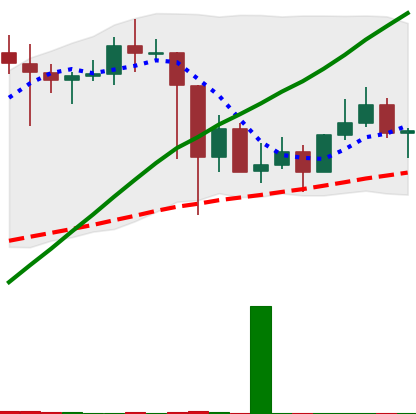
Ticker: LINK-USD
Chart end date: 2021-03-05
Forward return: 7.431%
Label: up_7plus